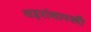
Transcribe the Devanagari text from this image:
शहरांसारखी